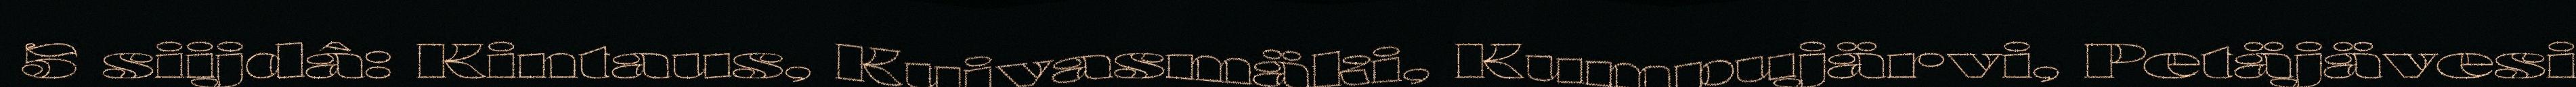
5 siijdâ: Kintaus, Kuivasmäki, Kumpujärvi, Petäjävesi